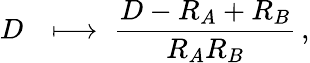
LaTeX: D\; \, \; \longmapsto\; {\frac{D-R_{A}+R_{B}}{R_{A}R_{B}}}\, ,